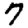
Digit: 7